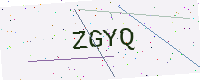
Text: ZGYQ